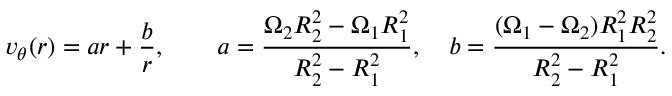
v _ { \theta } ( r ) = a r + { \frac { b } { r } } , \qquad a = { \frac { \Omega _ { 2 } R _ { 2 } ^ { 2 } - \Omega _ { 1 } R _ { 1 } ^ { 2 } } { R _ { 2 } ^ { 2 } - R _ { 1 } ^ { 2 } } } , \quad b = { \frac { ( \Omega _ { 1 } - \Omega _ { 2 } ) R _ { 1 } ^ { 2 } R _ { 2 } ^ { 2 } } { R _ { 2 } ^ { 2 } - R _ { 1 } ^ { 2 } } } .